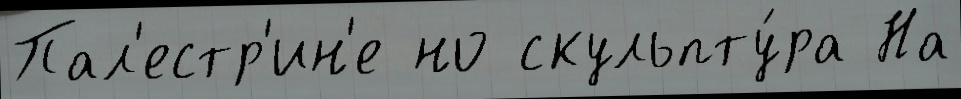
Пал'естр'ин'е но скульпту́ра На